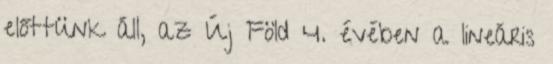
előttünk áll, az Új Föld 4. évében a lineáris